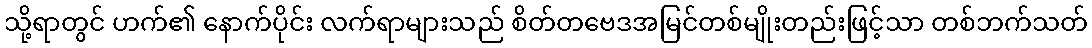
သို့ရာတွင် ဟက်၏ နောက်ပိုင်း လက်ရာများသည် စိတ်တဗေဒအမြင်တစ်မျိုးတည်းဖြင့်သာ တစ်ဘက်သတ်